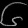
Digit: ၆